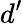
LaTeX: d^{\prime}